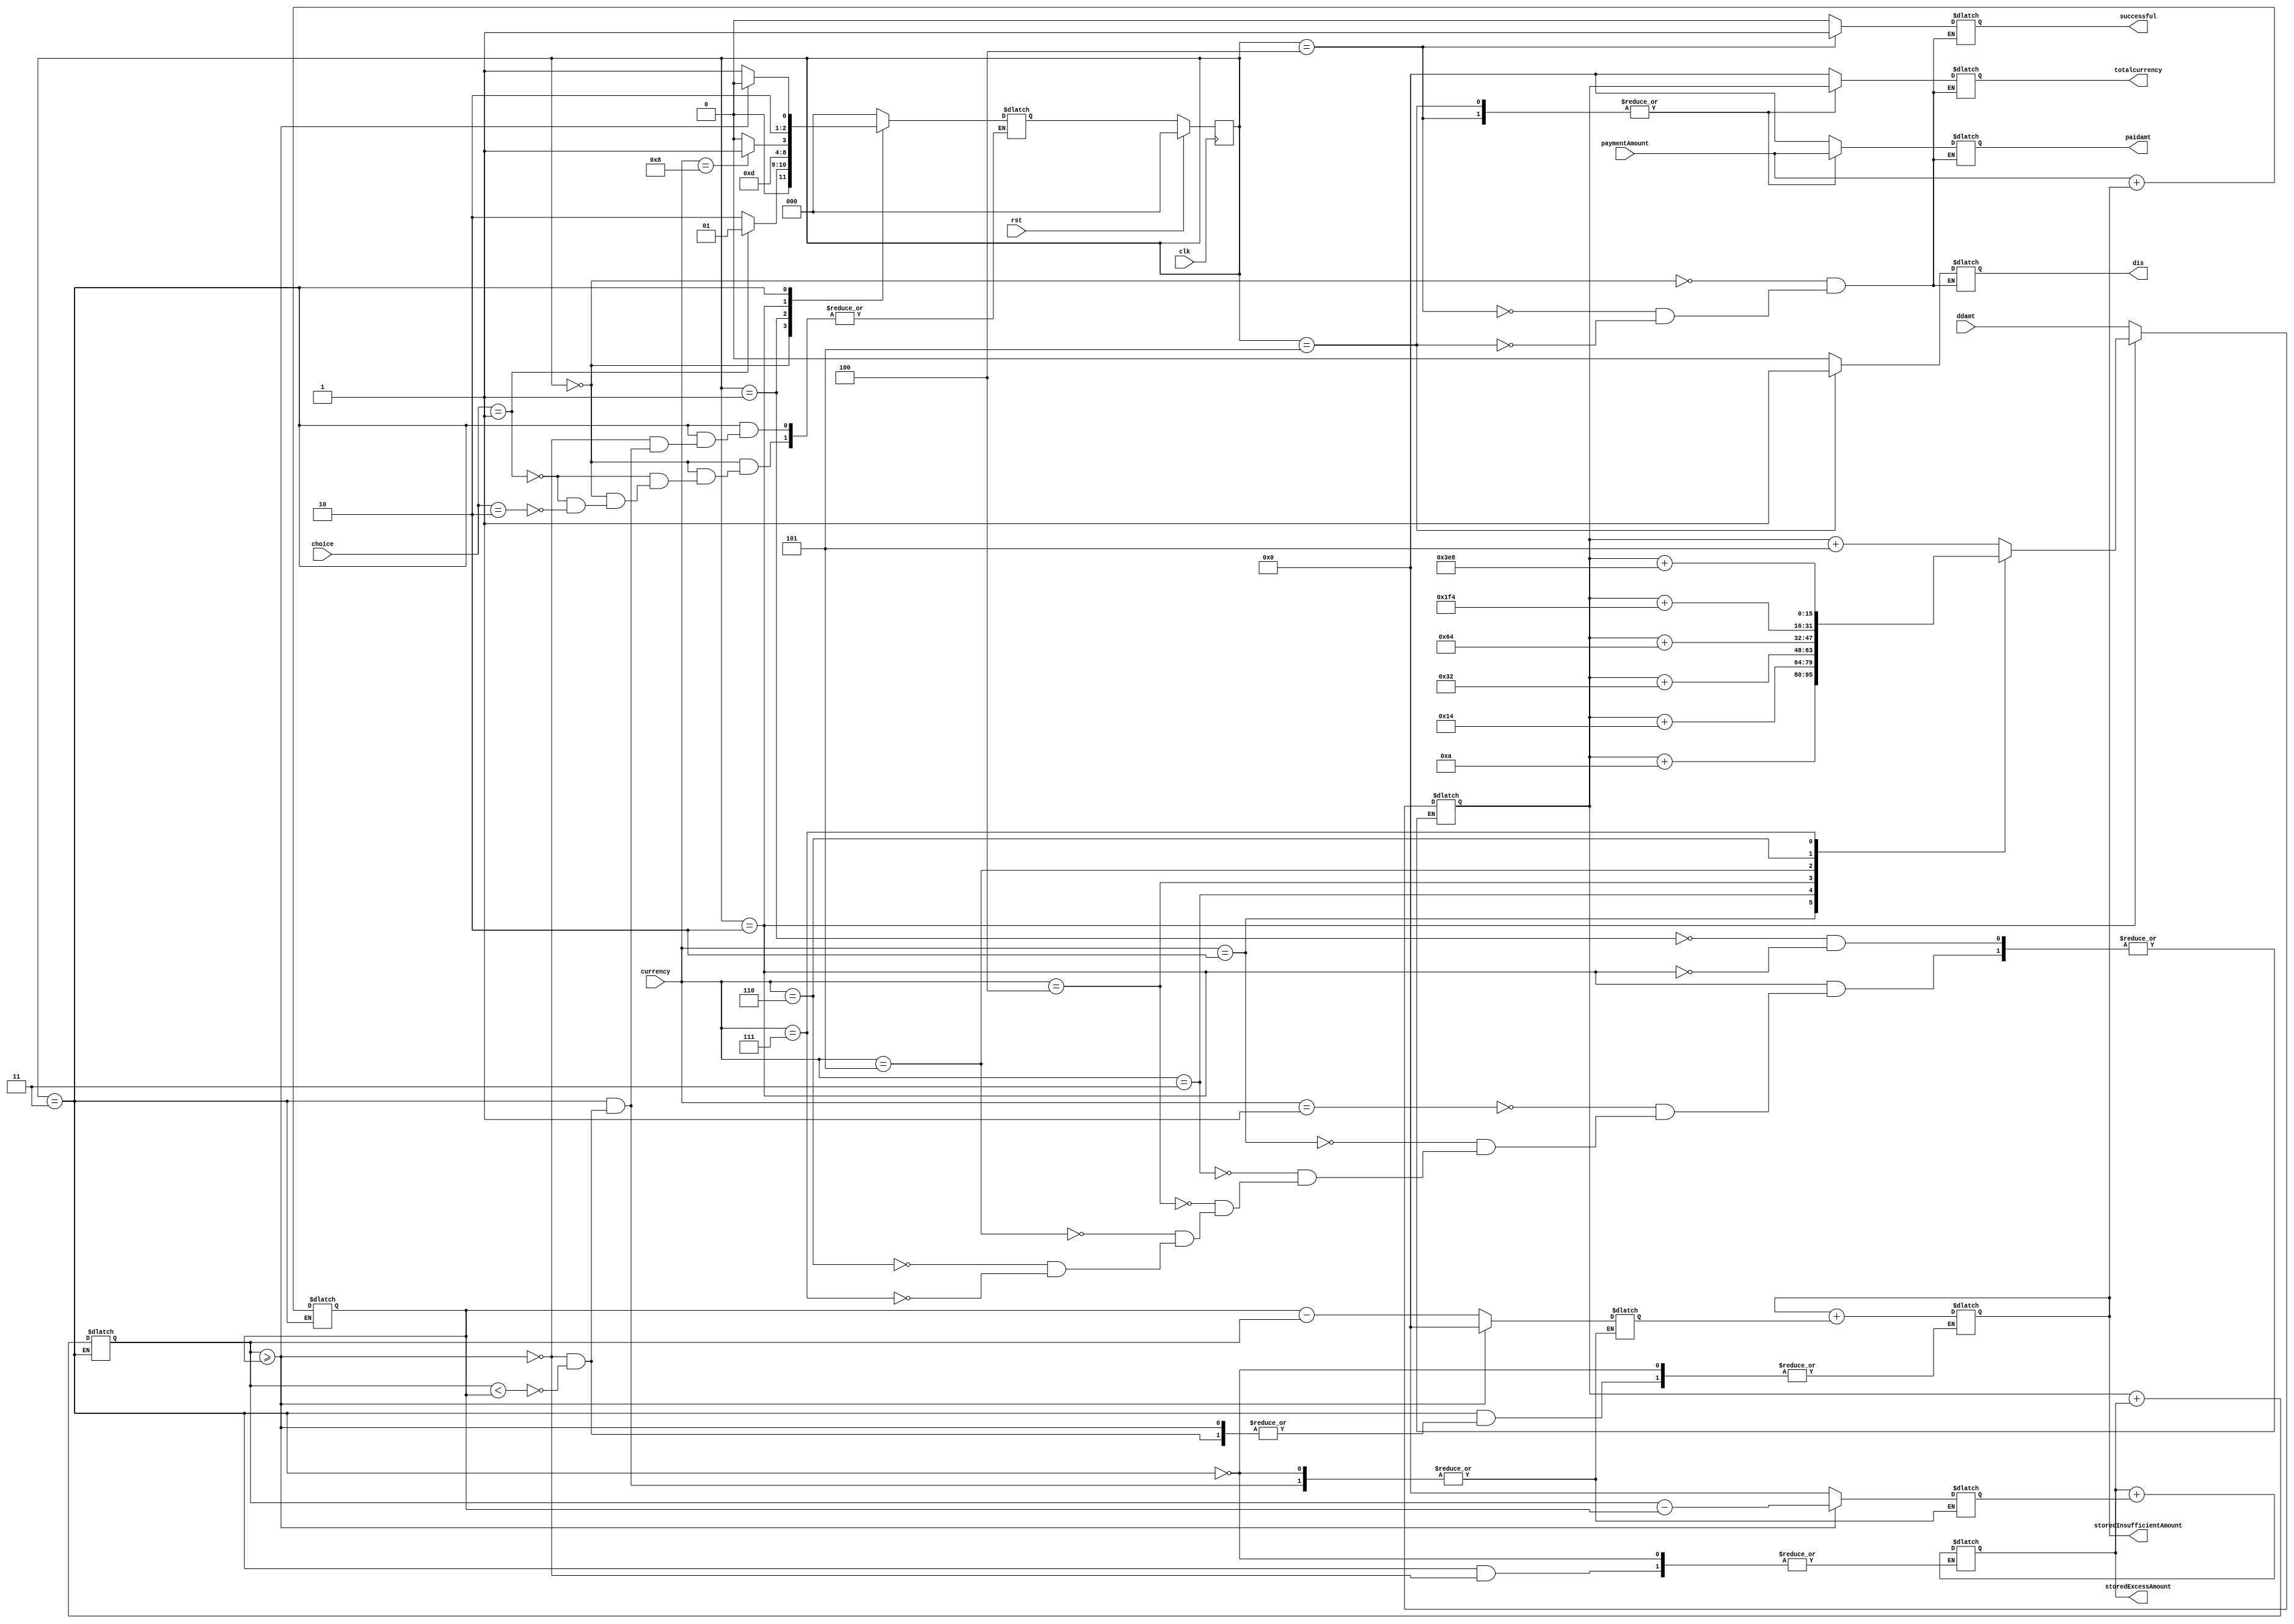
module project1(clk, successful, paidamt, choice, paymentAmount, ddamt, totalcurrency, storedExcessAmount, storedInsufficientAmount, currency, rst, dis);
   output reg dis;
   output reg successful;
   output reg [15:0] paidamt;
   input wire [3:0] currency;
   input wire clk, rst;
   input wire [1:0] choice;
   input wire [15:0] paymentAmount;
   input wire [15:0] ddamt;
   output reg [15:0] totalcurrency;
   output reg [15:0] storedExcessAmount;
   output reg [15:0] storedInsufficientAmount;
   reg [2:0] state;
   reg [2:0] next_state;
   reg [15:0] currentAmount;
   reg [15:0] excessAmount;
   reg [15:0] insufficientAmount;
   reg [15:0] amt;
   reg [15:0] due;

   parameter [2:0] IDLE = 3'b000;
   parameter [2:0] DD_IN = 3'b001;
   parameter [2:0] CURRENCY_IN = 3'b010;
   parameter [2:0] CALCULATIONS = 3'b011;
   parameter [2:0] SUCCESS = 3'b100;
   parameter [2:0] FAILED = 3'b101;

   always @(posedge clk)
   begin
      if (rst)
         state <= IDLE;
      else
         state <= next_state;
   end

   always @(*)
   begin
      case (state)
         IDLE:
         begin
            dis <= 1'b0;
            successful <= 1'b0;
            totalcurrency <= 16'd0;
            paidamt <= 16'd0;
            if (choice == 2'b01)
               next_state = DD_IN;
            else if (choice == 2'b10)
               next_state = CURRENCY_IN;
         end

         DD_IN:
         begin
            currentAmount <= ddamt;
            next_state = CALCULATIONS;
         end

         CURRENCY_IN:
         begin
            case (currency)
               4'b0001:
               begin
                  currentAmount <= currentAmount + 16'd5; // Currency 5
                  next_state = CURRENCY_IN;
               end
               4'b0010:
               begin
                  currentAmount <= currentAmount + 16'd10; // Currency 10
                  next_state = CURRENCY_IN;
               end
               4'b0011:
               begin
                  currentAmount <= currentAmount + 16'd20; // Currency 20
                  next_state = CURRENCY_IN;
               end
               4'b0100:
               begin
                  currentAmount <= currentAmount + 16'd50; // Currency 50
                  next_state = CURRENCY_IN;
               end
               4'b0101:
               begin
                  currentAmount <= currentAmount + 16'd100; // Currency 100
                  next_state = CURRENCY_IN;
               end
               4'b0110:
               begin
                  currentAmount <= currentAmount + 16'd500; // Currency 500
                  next_state = CURRENCY_IN;
               end
               4'b0111:
               begin
                  currentAmount <= currentAmount + 16'd1000; // Currency 1000
                  next_state = CURRENCY_IN;
               end
               4'b1000:
               begin
                  currentAmount <= currentAmount;
                  next_state = CALCULATIONS;
               end
               default:
               begin
                  currentAmount <= currentAmount; // Invalid currency
                  next_state = CURRENCY_IN;
               end
            endcase
         end

         CALCULATIONS:
         begin
            due <= paymentAmount + storedInsufficientAmount;
            amt <= currentAmount + storedExcessAmount;
            if (amt >= due)
            begin
               excessAmount <= amt - due;
               insufficientAmount <= 16'd0;
               storedExcessAmount <= storedExcessAmount + excessAmount;
               next_state = SUCCESS;
            end
            else if (amt < due)
            begin
               excessAmount <= 16'd0;
               insufficientAmount <= due - amt;
               storedInsufficientAmount <= storedInsufficientAmount + insufficientAmount;
               next_state = FAILED;
            end
         end

         SUCCESS:
         begin
            successful <= 1'b1;
            dis <= 1'b0;
            totalcurrency <= currentAmount;
            paidamt <= paymentAmount;
            next_state = IDLE;
         end

         FAILED:
         begin
            successful <= 1'b0;
            dis <= 1'b1;
            totalcurrency <= currentAmount;
            paidamt <= paymentAmount;
            next_state = IDLE;
         end

         default:
            next_state = IDLE;
      endcase
   end
endmodule